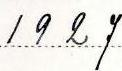
1927